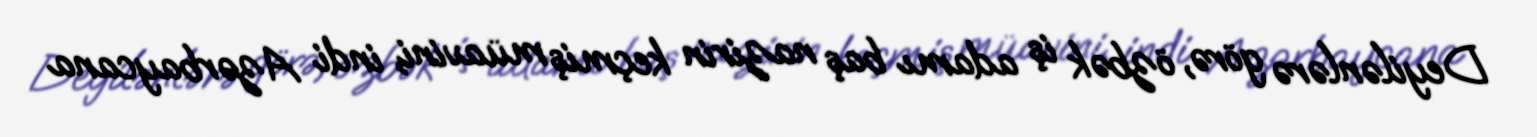
Deyilənlərə görə, özbək iş adamı baş nazirin keçmiş müavini, indi Azərbaycana